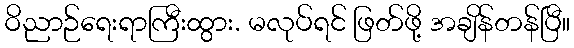
ဝိညာဉ်ရေးရာကြီးထွား. မလုပ်ရင် ဖြတ်ဖို့ အချိန်တန်ပြီ။